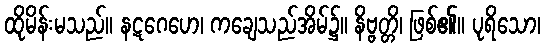
ထိုမိန်းမသည်။ နဋဂေဟေ၊ ကချေသည်အိမ်၌။ နိဗ္ဗတ္တိ၊ ဖြစ်၏။ ပုရိသော၊